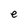
Character: e